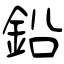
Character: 鉛